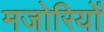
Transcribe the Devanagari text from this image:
मजोरियों